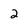
Character: 2